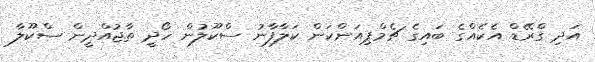
އަދި ގްރޭޑް އެކެއްގެ ބައިގެ ޗެމްޕިއަންކަން ކަލާފާނު ސްކޫލުން ހޯދީ ތާޖުއްދީން ސްކޫލާ